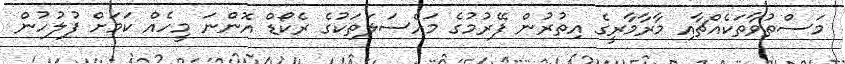
މަސްތުވާތަކެއްޗާއި މާރާމާރީގެ އިތުރުން ފޭރުމުގެ މައްސަލަތަކުގެ ރެކޯޑް އޮންނަ މީހެއް ކަމަށް ފުލުހުން